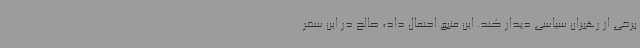
برخی از رهبران سیاسی دیدار کند. این منبع احتمال داد، صالح در این سفر